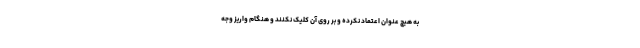
به هیچ عنوان اعتماد نکرده و بر روی آن کلیک نکنند و هنگام واریز وجه